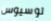
لوسيوس